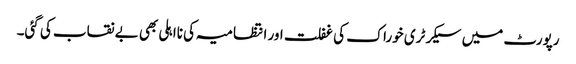
رپورٹ میں سیکرٹری خوراک کی غفلت اور انتظامیہ کی نااہلی بھی بے نقاب کی گئی۔